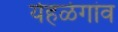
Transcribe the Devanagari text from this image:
येहळेगांव